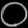
Digit: ၀